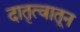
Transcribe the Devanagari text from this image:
दातृत्वातून